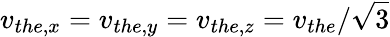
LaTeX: v_{the,x}=v_{the,y}=v_{the,z}=v_{the}/\sqrt{3}